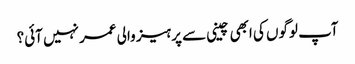
آپ لوگوں کی ابھی چینی سے پرہیز والی عمر نہیں آئی؟